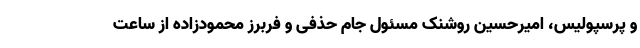
و پرسپولیس، امیرحسین روشنک مسئول جام حذفی و فربرز محمودزاده از ساعت